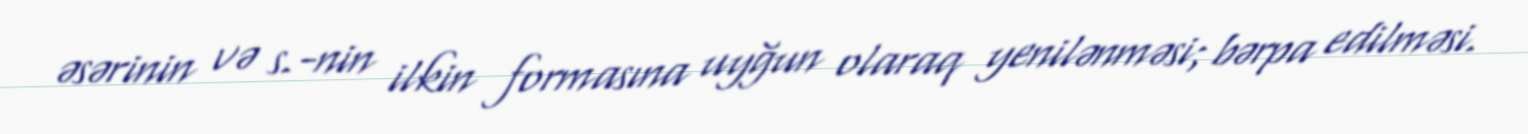
əsərinin və s.-nin ilkin formasına uyğun olaraq yenilənməsi; bərpa edilməsi.